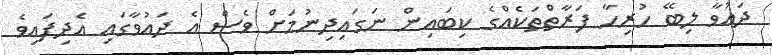
ދައުވާ ލިބޭ ހުރިހާ ފަރާތްތަކެއްގެ ކިބައިން ނަގައިދިނުމަށް ވެސް އެ ދައުވާގައި އެދިފައިވެ